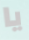
يا